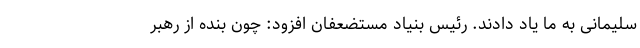
سلیمانی به ما یاد دادند. رئیس بنیاد مستضعفان افزود: چون بنده از رهبر